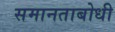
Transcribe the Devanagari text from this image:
समानताबोधी